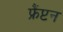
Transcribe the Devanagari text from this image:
फ्रैंप्टन